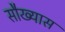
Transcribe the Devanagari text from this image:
सौख्यास